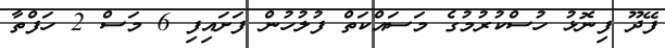
ފޭދޫ ފިނޮޅު ހުސްކުރުމުގެ މަސައްކަތް ފުލުހުން ފަށައިފި 6 މަސް 2 ހަފްތާ